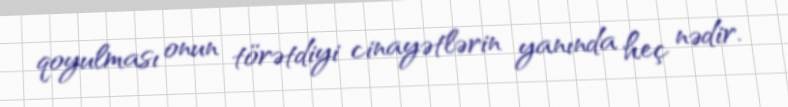
qoyulması onun törətdiyi cinayətlərin yanında heç nədir.